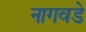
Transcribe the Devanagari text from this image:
नागवडे